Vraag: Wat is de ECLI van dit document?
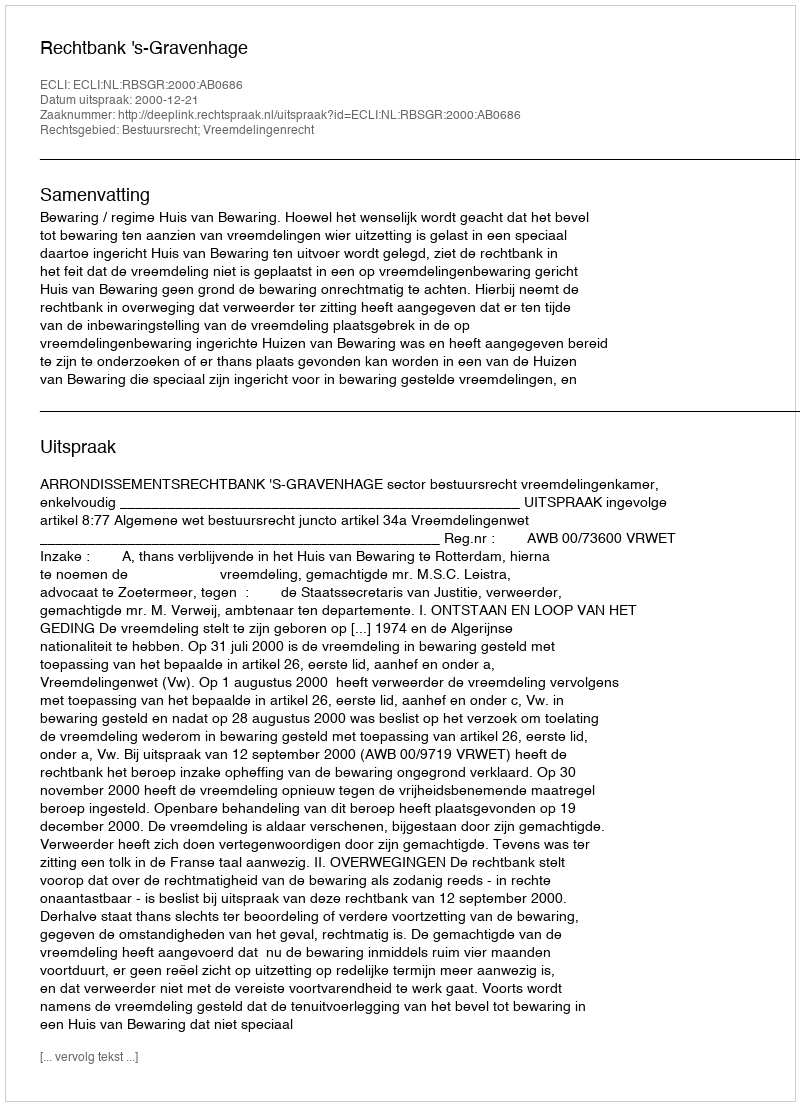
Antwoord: ECLI:NL:RBSGR:2000:AB0686